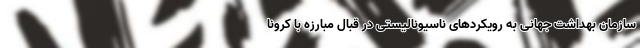
سازمان بهداشت جهانی به رویکردهای ناسیونالیستی در قبال مبارزه با کرونا